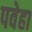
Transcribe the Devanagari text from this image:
पवेहा